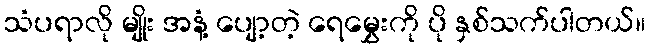
သံပရာလို မျိုး အနံ့ ပျော့တဲ့ ရေမွှေးကို ပို နှစ်သက်ပါတယ်။